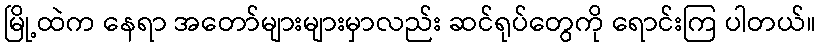
မြို့ထဲက နေရာ အတော်များများမှာလည်း ဆင်ရုပ်တွေကို ရောင်းကြ ပါတယ်။